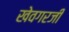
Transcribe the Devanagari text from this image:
खेवगरजी